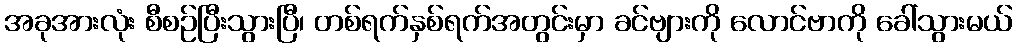
အခုအားလုံး စီစဉ်ပြီးသွားပြီ၊ တစ်ရက်နှစ်ရက်အတွင်းမှာ ခင်ဗျားကို လောင်ဗာကို ခေါ်သွားမယ်